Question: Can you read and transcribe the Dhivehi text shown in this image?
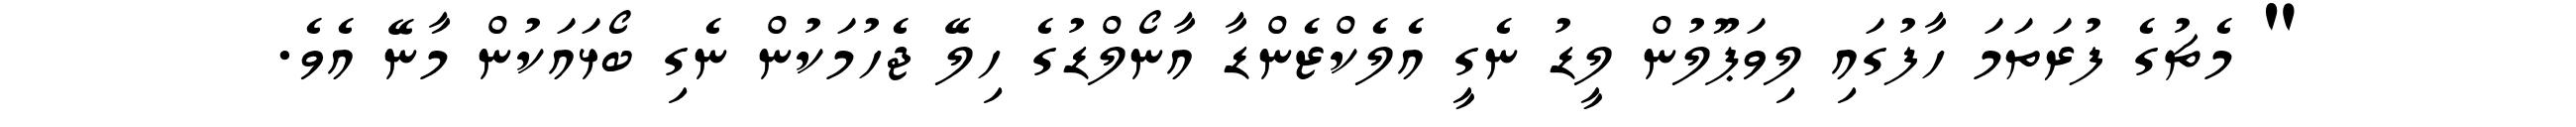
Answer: " މެޗުގެ ފުރަތަމަ ހާފުގައި ލިވަޕޫލުން ލީޑު ނެގީ އެލެކްޒެންޑާ އާނޯލްޑުގެ ހިލޭ ޖެހުމަކުން ނެގި ބޯޅައަކުން މާނޭ އެވެ.